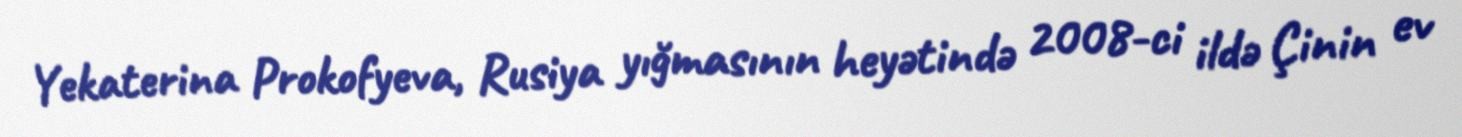
Yekaterina Prokofyeva, Rusiya yığmasının heyətində 2008-ci ildə Çinin ev